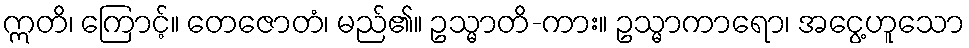
ဣတိ၊ ကြောင့်။ တေဇောတံ၊ မည်၏။ ဥသ္မာတိ-ကား။ ဥသ္မာကာရော၊ အငွေ့ဟူသော